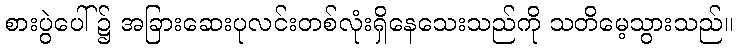
စားပွဲပေါ် ၌ အခြားဆေးပုလင်းတစ်လုံးရှိနေသေးသည်ကို သတိမေ့သွားသည်။